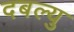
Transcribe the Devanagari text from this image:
दबल्यु